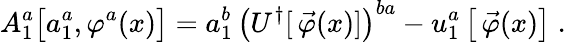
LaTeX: A_{1}^{a}\big[a_{1}^{a},\varphi^{a}(x)\big]=a_{1}^{b}\, \left(U^{\dagger}[\, \vec{\varphi}(x)]\right)^{ba}-u_{1}^{a}\left[\, \vec{\varphi}(x)\right]\; .